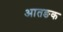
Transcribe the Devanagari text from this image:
आतङक